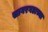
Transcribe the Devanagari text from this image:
सागरगडाच्या